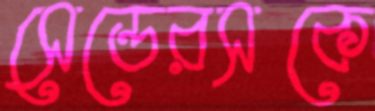
সেন্ডেরসকে